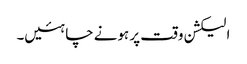
الیکشن وقت پر ہونے چاہئیں۔